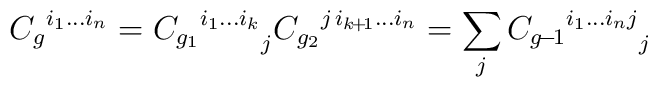
{C_g}^{i_1 ... i_n} =  {{C_{g_1}}^{i_1 ... i_k}}_{j}{C_{g_2}}^{j \, i_{k \! + \! 1} ... i_n} = \sum_{j}{{C_{g \! - \! 1}}^{i_1 ... i_n j}}_{j}